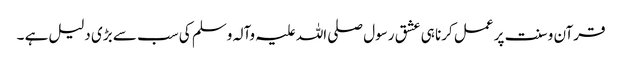
قرآن و سنت پر عمل کرنا ہی عشق رسول صلی اللہ علیہ وآلہ وسلم کی سب سے بڑی دلیل ہے ۔